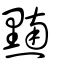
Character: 𪑮